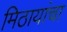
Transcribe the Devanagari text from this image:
मिठायांचा